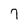
Character: 7